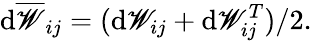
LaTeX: \mathrm{d}\overline{{{\mathscr{{W}}}}}_{ij}=(\mathrm{d}\mathscr{{W}}_{ij}+\mathrm{d}\mathscr{{W}}_{ij}^{T})/2.